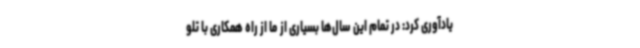
یادآوری کرد: در تمام این سال‌ها بسیاری از ما از راه همکاری با تلو